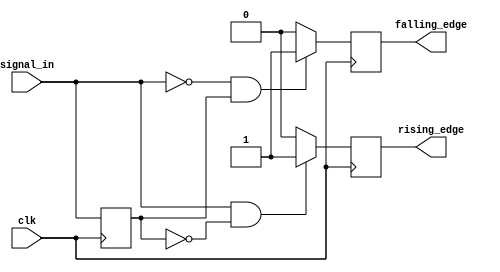
module dual_edge_detector (
    input wire clk,           // Clock input
    input wire signal_in,     // Input signal
    output reg rising_edge,   // Output pulse for rising edge detection
    output reg falling_edge   // Output pulse for falling edge detection
);

    reg signal_in_d;          // Delayed version of signal_in

    // Sequential logic to sample the input signal at the rising edge of the clock
    always @(posedge clk) begin
        signal_in_d <= signal_in; // Store the current signal_in for the next comparison
    end

    // Combinational logic to detect edges
    always @(posedge clk) begin
        // Detect rising edge
        if (signal_in && !signal_in_d) begin
            rising_edge <= 1'b1;  // Set rising_edge pulse high
        end else begin
            rising_edge <= 1'b0;  // Reset rising_edge pulse
        end

        // Detect falling edge
        if (!signal_in && signal_in_d) begin
            falling_edge <= 1'b1;  // Set falling_edge pulse high
        end else begin
            falling_edge <= 1'b0;  // Reset falling_edge pulse
        end
    end

endmodule